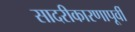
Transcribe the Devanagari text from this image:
सादरीकारणापूर्वी